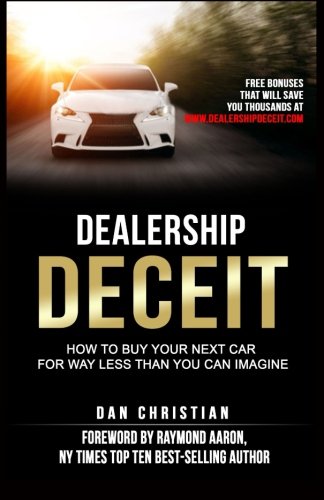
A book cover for Dealership Deceit: How to buy your next car for way less than you can imagine; Dan Christian; Engineering & Transportation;